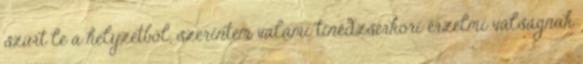
szűrt le a helyzetből, szerintem valami tinédzserkori érzelmi válságnak